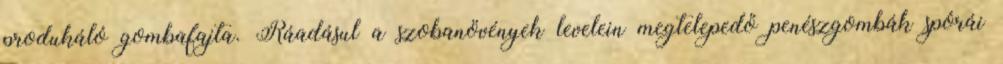
produkáló gombafajta. Ráadásul a szobanövények levelein megtelepedő penészgombák spórái